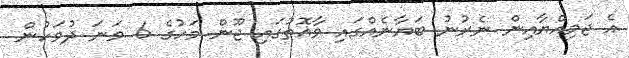
އެ ޖަމިއްޔާއިން ނެރުނު ބަޔާނެއްގައި ވާޣޮތުގައި ޖޫން މަހުގެ 6 ވަނަ ދުވަހުން